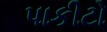
પાકીટો